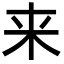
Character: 来